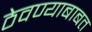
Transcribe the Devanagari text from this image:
ठेवण्याबाबत